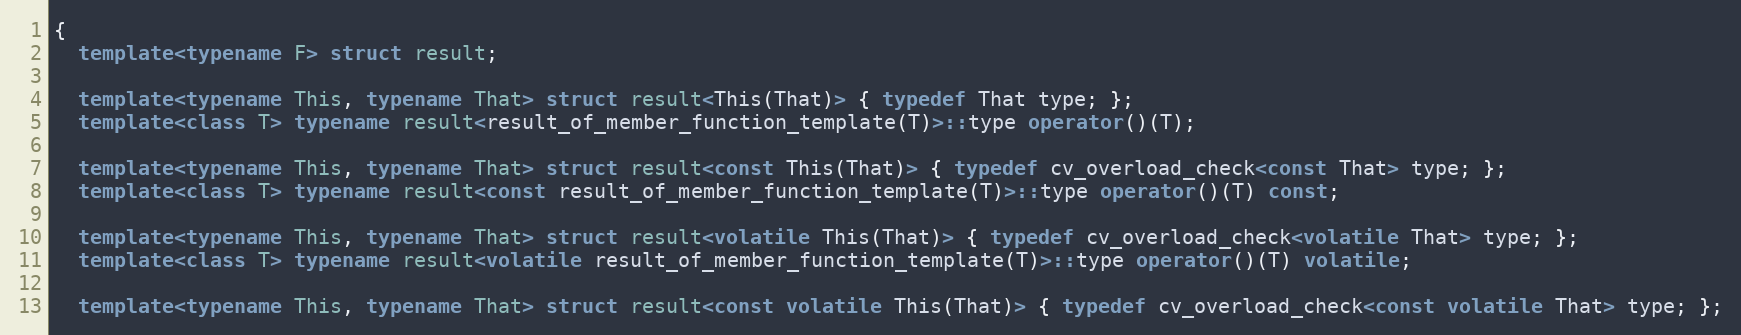
Language: C++
{
  template<typename F> struct result;

  template<typename This, typename That> struct result<This(That)> { typedef That type; };
  template<class T> typename result<result_of_member_function_template(T)>::type operator()(T);

  template<typename This, typename That> struct result<const This(That)> { typedef cv_overload_check<const That> type; };
  template<class T> typename result<const result_of_member_function_template(T)>::type operator()(T) const;

  template<typename This, typename That> struct result<volatile This(That)> { typedef cv_overload_check<volatile That> type; };
  template<class T> typename result<volatile result_of_member_function_template(T)>::type operator()(T) volatile;

  template<typename This, typename That> struct result<const volatile This(That)> { typedef cv_overload_check<const volatile That> type; };